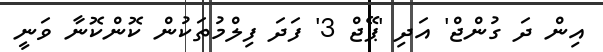
އިން ދަ ގުންޖް' އަދި 'ޕޭޖް 3' ފަދަ ފިލްމުތަކުން ކޮންކޮނާ ވަނީ